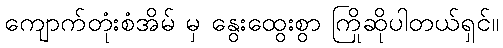
ကျောက်တုံးစံအိမ် မှ နွေးထွေးစွာ ကြိုဆိုပါတယ်ရှင်။